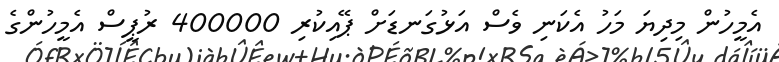
އެމީހުން މިދިޔަ މަހު އެކަނި ވެސް އަޅުގަނޑަށް ޕޭއިކުރި 400000 ރުޕީސް އެމީހުންގެ